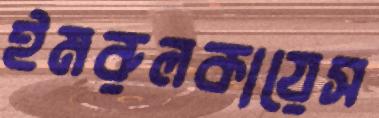
ইমরুলকায়েস